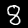
Digit: 8